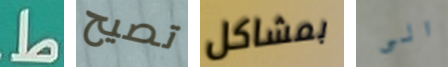
ط تصيح بمشاكل الى